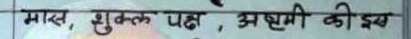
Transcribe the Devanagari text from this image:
माघ, शुक्ल पक्ष , अष्टमी की इख